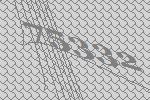
75332